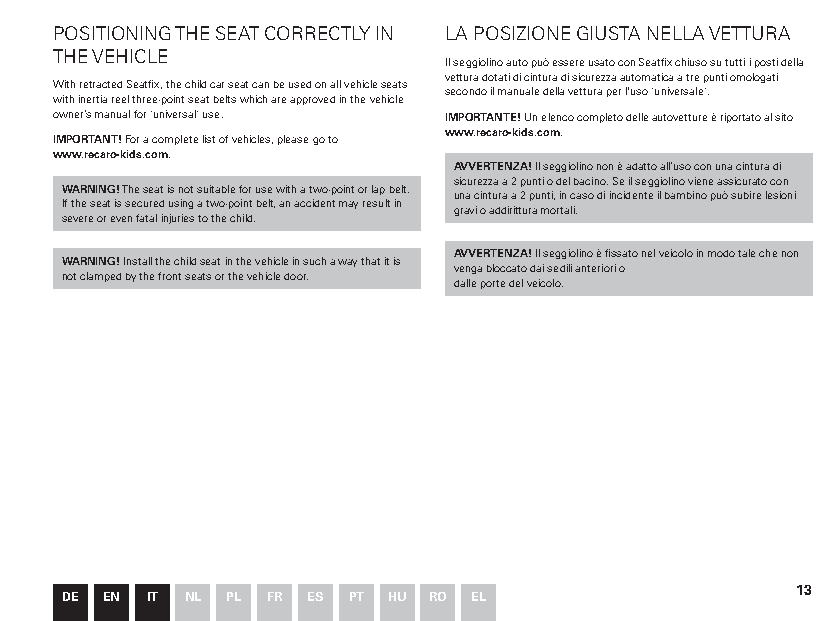
POSITIONING THE SEAT CORRECTLY IN LA POSIZIONE GIUSTA NELLA VETTURA
 THE VEHICLE
 Il seggiolino auto può essere usato con Seatfix chiuso su tutti i posti della
 vettura dotati di cintura di sicurezza automatica a tre punti omologati
 With retracted Seatfix, the child car seat can be used on all vehicle seats
 secondo il manuale della vettura per l'uso "universale".
 with inertia reel three-point seat belts which are approved in the vehicle
 owner’s manual for "universal" use. IMPORTANTE! Un elenco completo delle autovetture è riportato al sito
 www.recaro-kids.com.
 IMPORTANT! For a complete list of vehicles, please go to
 www.recaro-kids.com.
 AVVERTENZA! Il seggiolino non è adatto all’uso con una cintura di
 sicurezza a 2 punti o del bacino. Se il seggiolino viene assicurato con
 WARNING! The seat is not suitable for use with a two-point or lap belt.
 una cintura a 2 punti, in caso di incidente il bambino può subire lesioni
 If the seat is secured using a two-point belt, an accident may result in
 gravi o addirittura mortali.
 severe or even fatal injuries to the child.
 AVVERTENZA! Il seggiolino è fissato nel veicolo in modo tale che non
 WARNING! Install the child seat in the vehicle in such a way that it is
 venga bloccato dai sedili anteriori o
 not clamped by the front seats or the vehicle door.
 dalle porte del veicolo.
 13
 DE EN IT NL PL FR ES PT HU RO EL